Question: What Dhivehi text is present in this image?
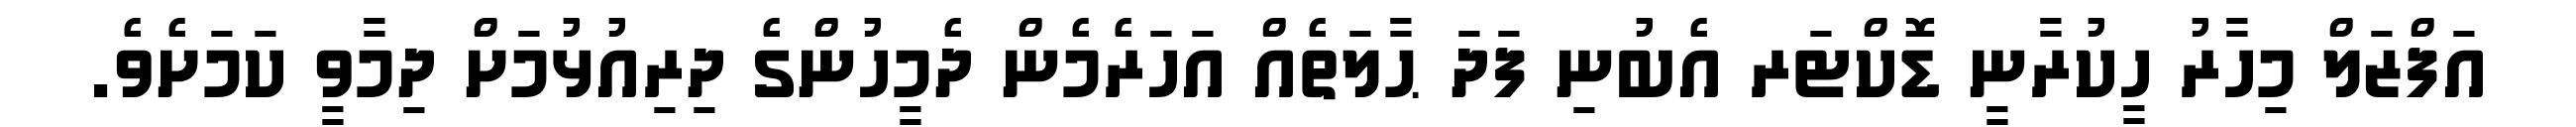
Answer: އަފްޒަލް މިހާރު ހީކުރާނީ ޑޮކްޓަރ އެބުނި ފަދަ ޙާލަތެއް އަހަރެމެން ދެމީހުންގެ ދިރިއުޅުމަށް ދިމާވީ ކަމަށެވެ.